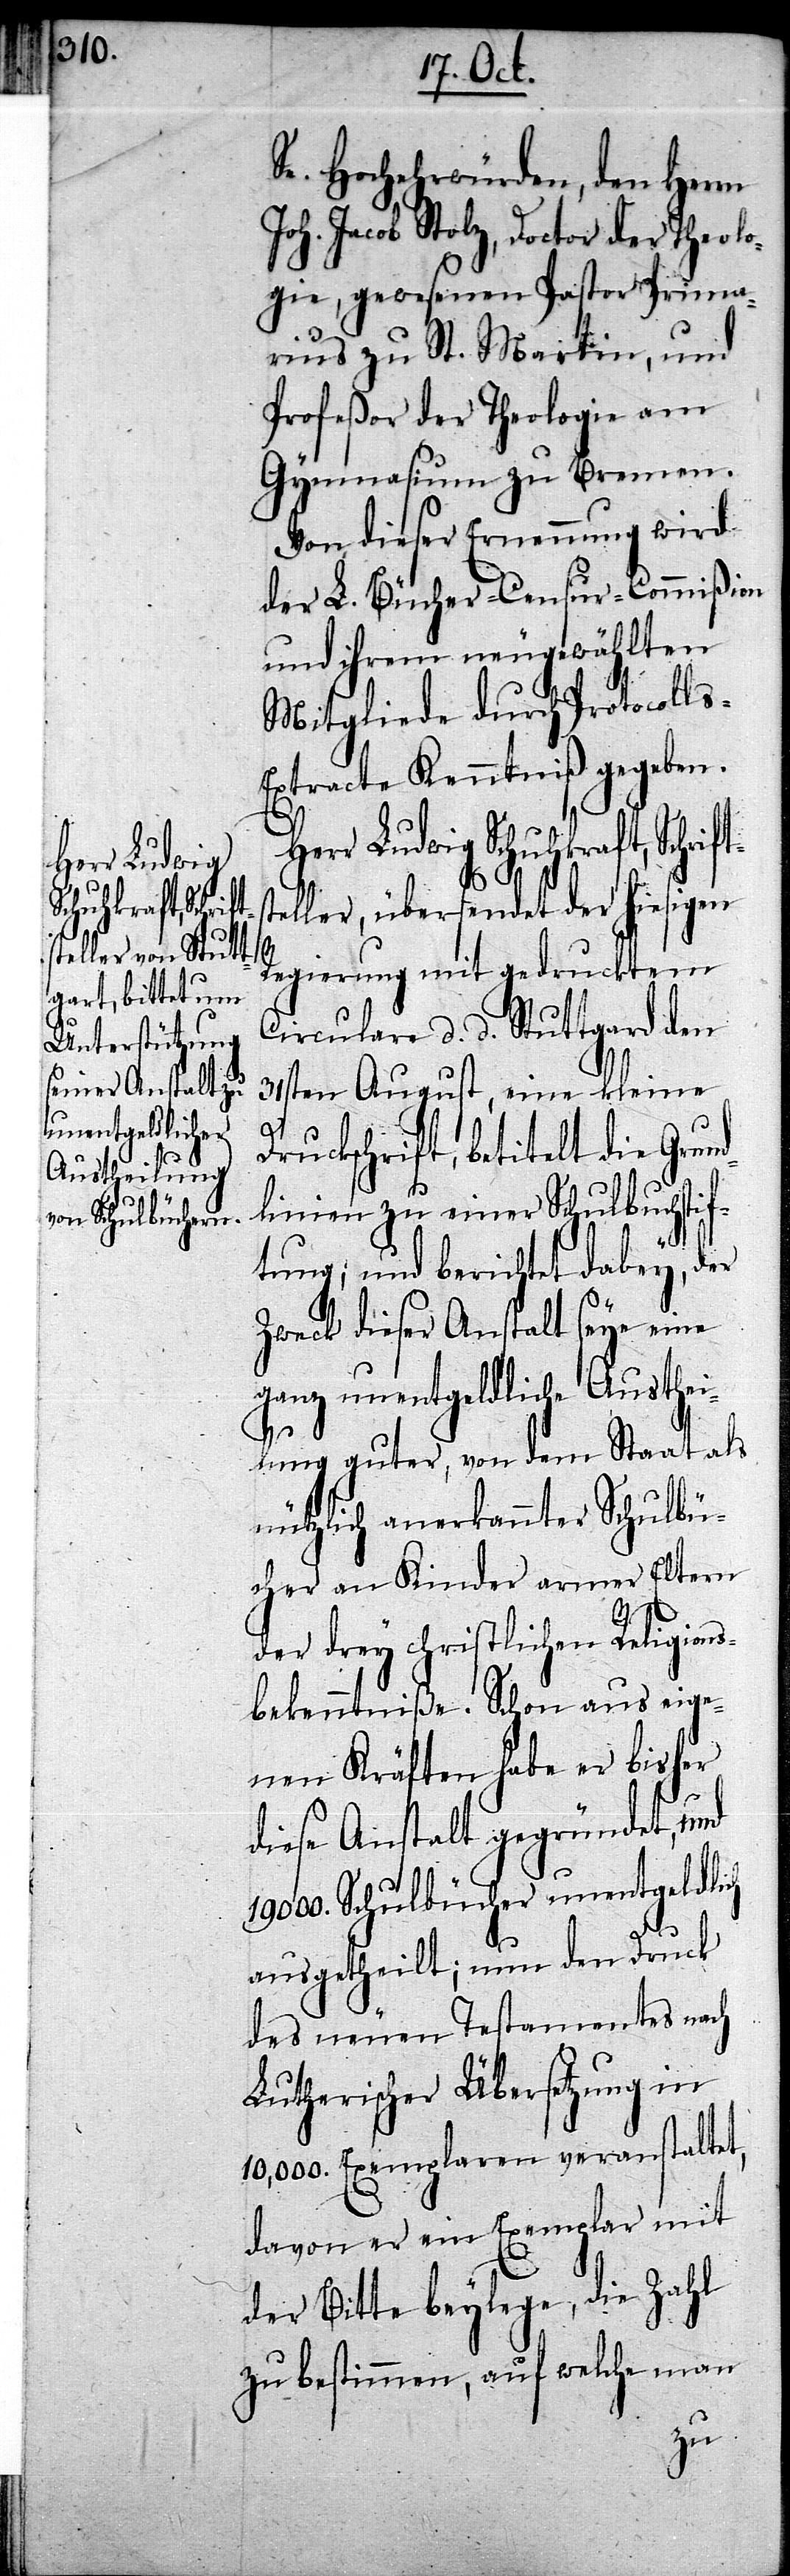
Herr Ludwig
Schriftst¬

Se. Hochwürden, den Herrn
Joh. Jacob Stolz, Doctor der Theolo¬
gie, gewesenen Pastor Prima¬
rius zu St. Martin, und
Profeßor der Theologie am
Gymnasium zu Bremen.
Von dieser Ernennung wird
der L. Bücher-Censur-Commißion
und ihrem neugewählten
Mitgliede durch Protocoll¬
xtracte Kenntniß gegeben.
eller, übersendet der hiesigen
Regierung mit gedrucktem
Circulare d. d. Stuttgard den
31sten August, eine kleine
s-E¬
Druckschrift, betitelt die Grund¬
linien zu einer Schulbuchstif¬
tung; und berichtet dabey, der
Zweck dieser Anstalt sey eine
ganz unentgeldliche Austhei¬
lung guter, von dem Staat als
nützlich anerkannter Schulbü¬
cher an Kinder armer Eltern
der drey christlichen Religions¬
bekenntniße. Schon aus eige¬
nen Kräften habe er bisher
diese Anstalt gegründet, und
Schulbücher unentgeldlich
ausgetheilt; nun den Druck
des neuen Testamentes nach
Lutherischer Übersetzung in
10000. Exemplaren veranstaltet,
davon er ein Exemplar mit
der Bitte beylege, die Zahl
zu bestimmen, auf welche man